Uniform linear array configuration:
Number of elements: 32
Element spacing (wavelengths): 0.75
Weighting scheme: hann
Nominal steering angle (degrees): -45
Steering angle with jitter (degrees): -46.757
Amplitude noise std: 0.05
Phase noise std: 0.05

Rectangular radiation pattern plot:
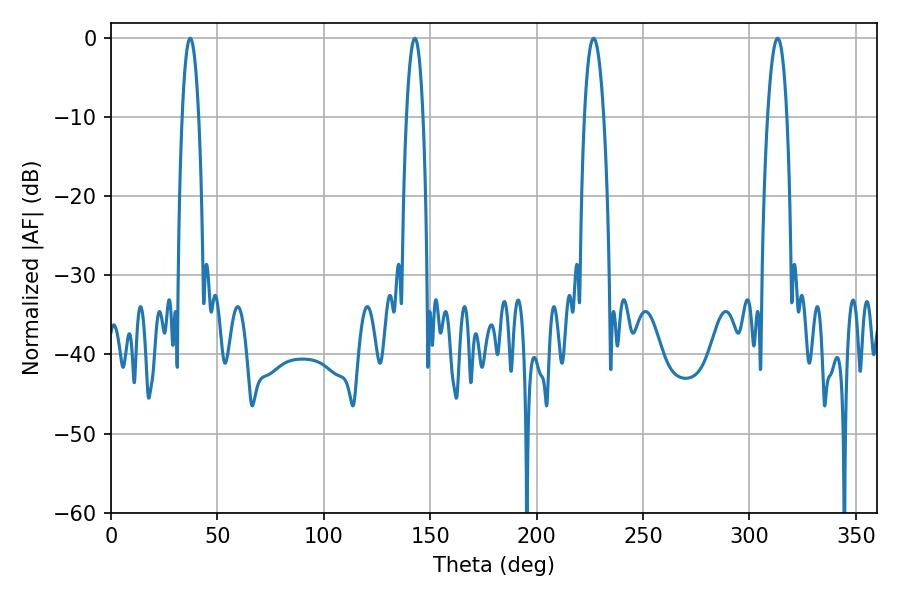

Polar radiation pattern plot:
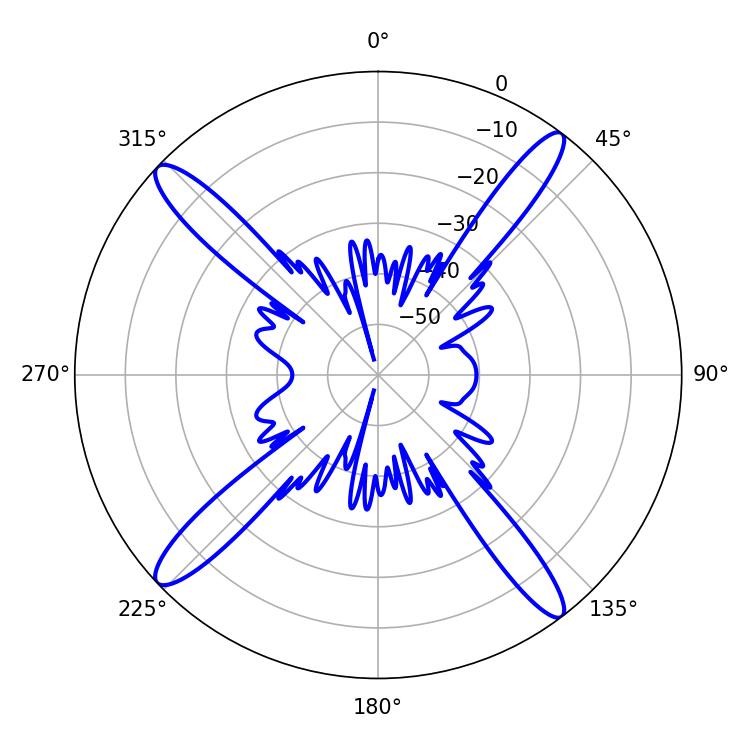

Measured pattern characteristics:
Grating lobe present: TRUE
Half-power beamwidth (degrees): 5.04
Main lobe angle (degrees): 226.8